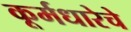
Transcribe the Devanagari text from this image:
कूर्मधारेचे